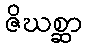
ဇိဃစ္ဆာ